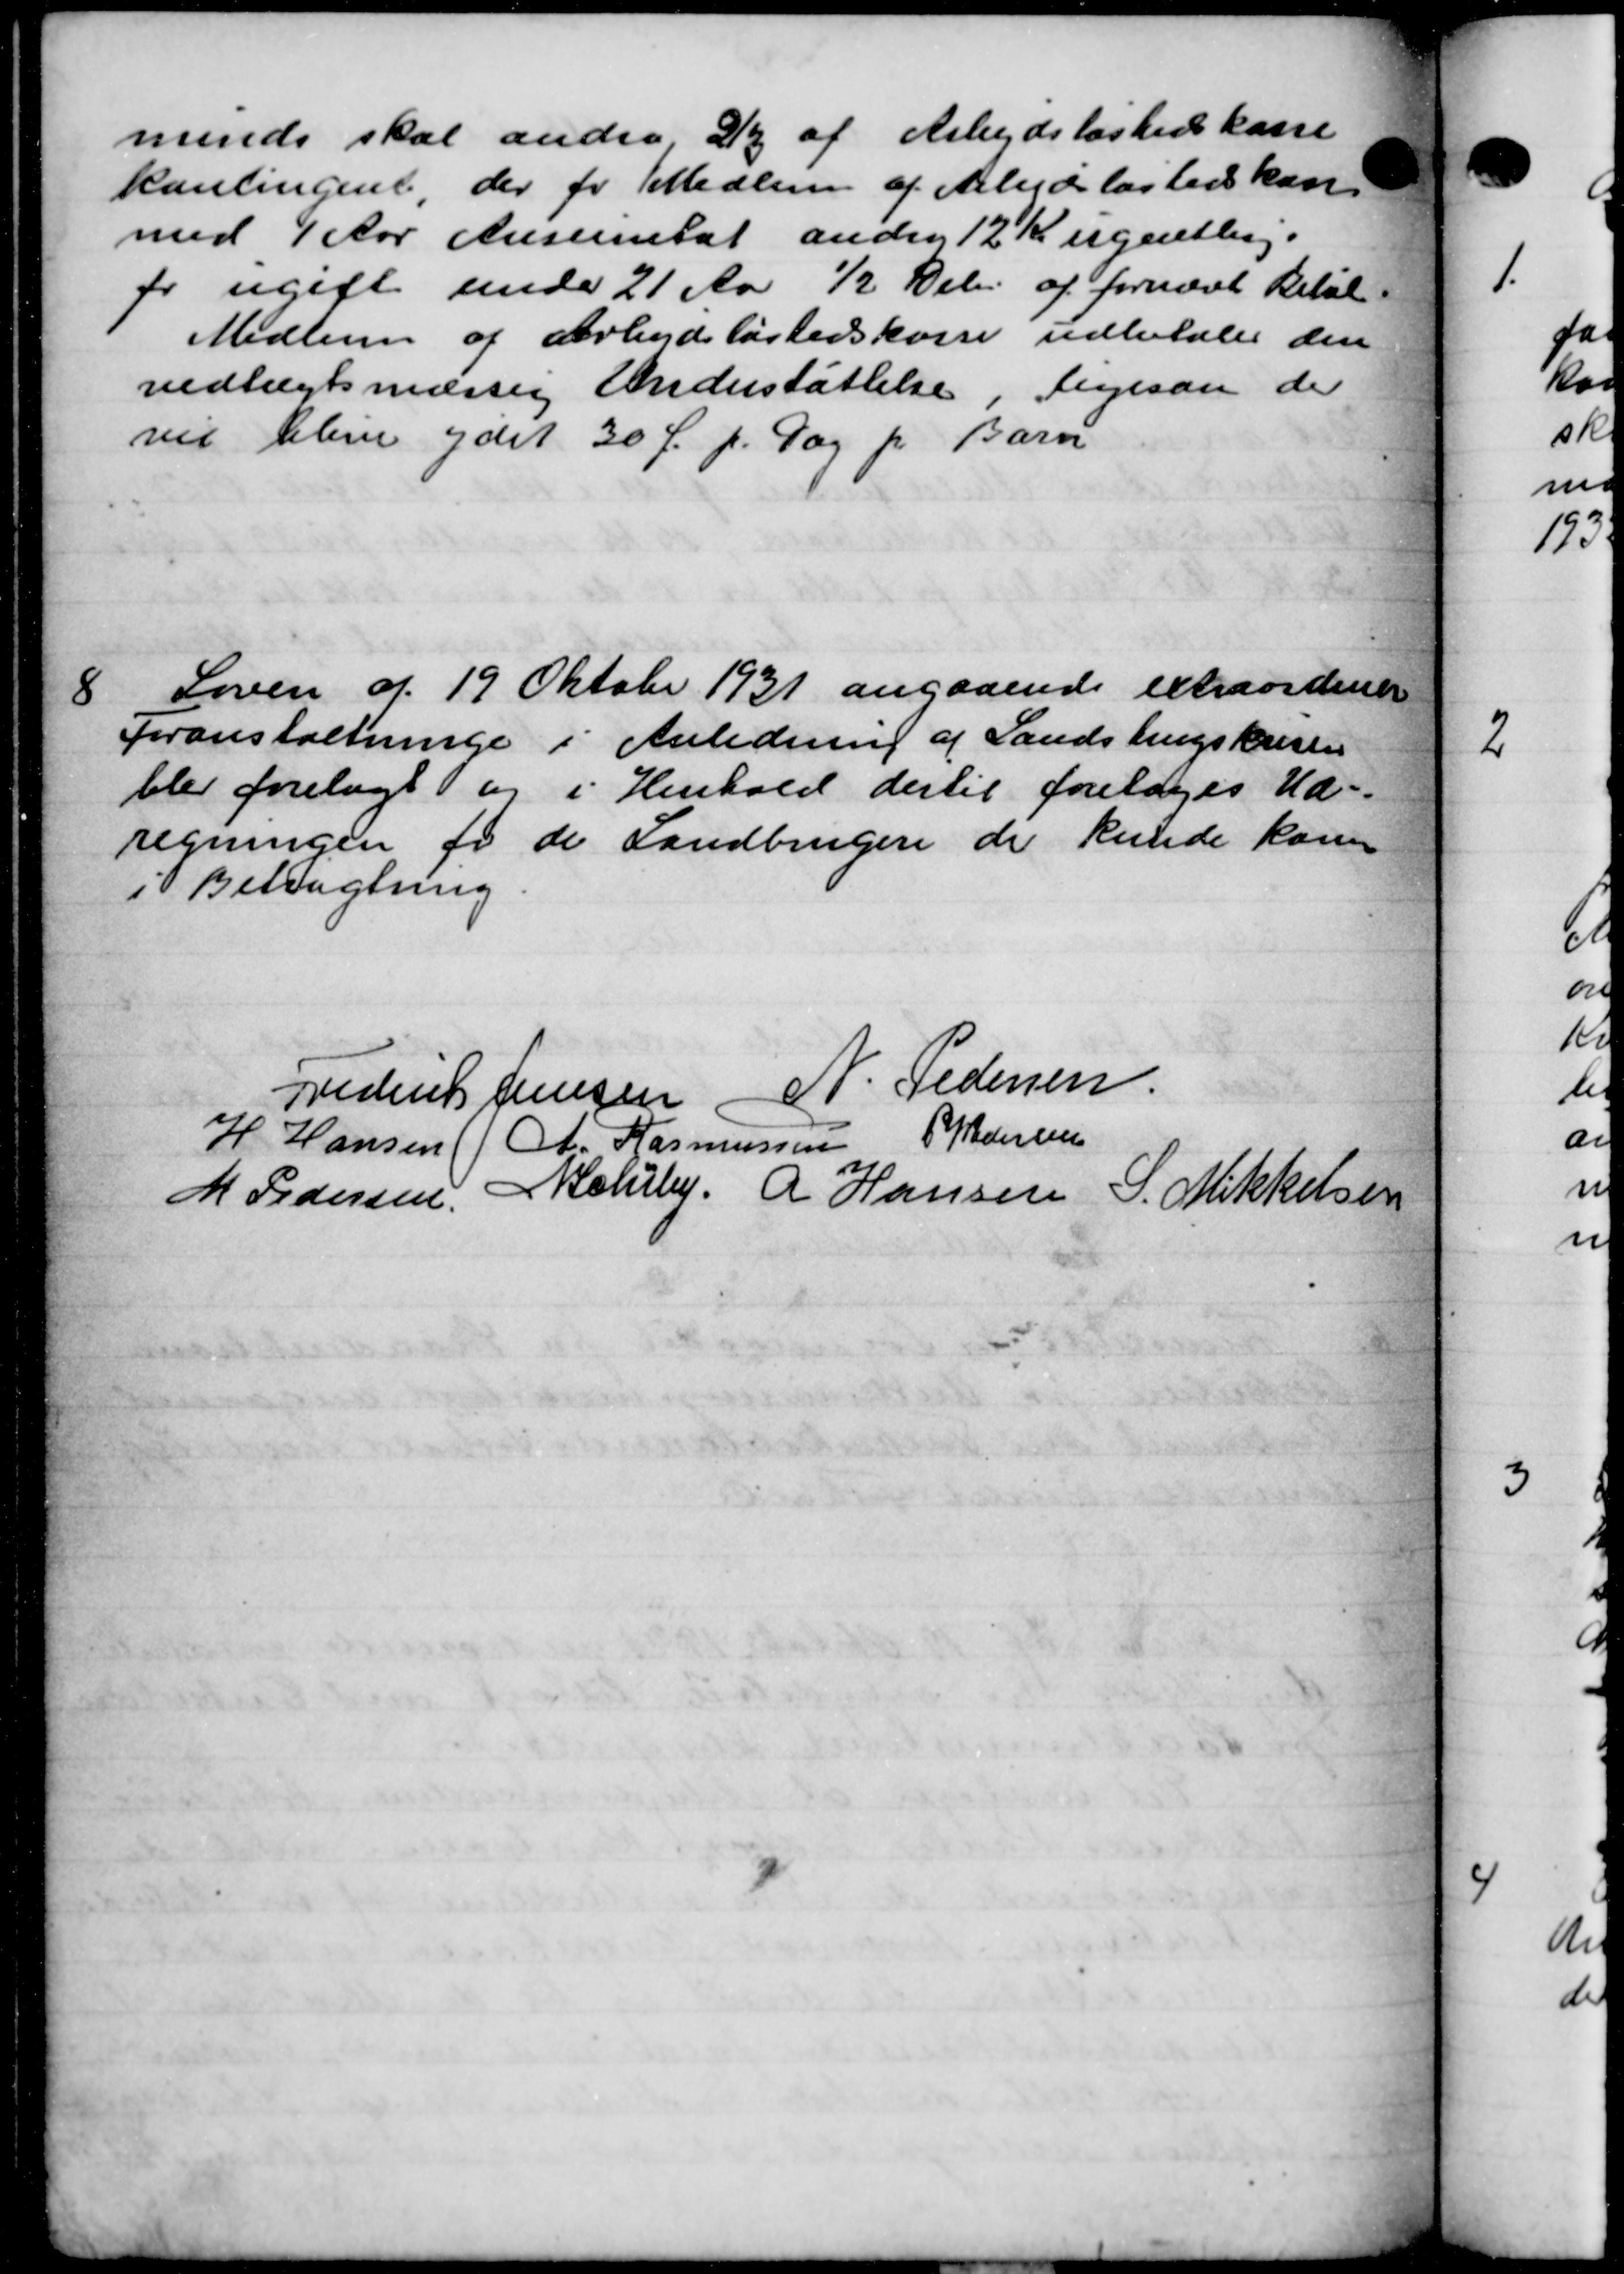
Transskription:
minde skal andra 2/3 af Arbejdsløshedskasse
kantingent, der for Medlem af Arbejdsløshedskasse
med 4 Aar Ansenstat andrag 12 Kr ugentlig.
fr ugift under 21 Aar ½ Del af fornævt Beløb
Medlem af Arbejdsløshedskasse udbetales den
vedtægtsmæssig Understøttelse, ligesom de
vil blive ydet 30 f. p. Dag pr Barn
8
Loven af 19 Oktober 1931 angaaende extraordiner
Foranstaltninge i Anledning af Landsbrugskristen
blev forelagt og i Henhold dertil foretoges Ud-
regningen for de Landbrugere de kunde kom
i Betragtning
Frederik Jensen N. Pedersen
H Hansen A. Rasmussen P Pedersen
M Pedersen, Melby. A Hansen S. Mikkelsen